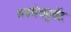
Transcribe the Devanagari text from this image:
रुपमेचतुर्वेद